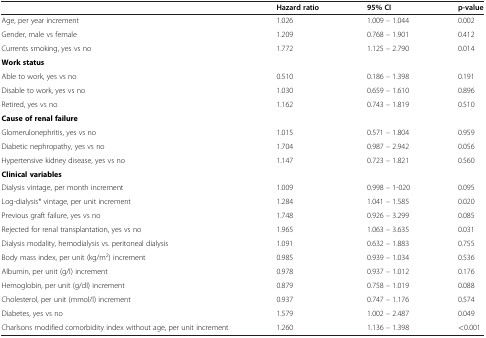
<table><thead><tr><td><b> </b></td><td><b>Hazard ratio</b></td><td><b>95% CI</b></td><td><b>p-value</b></td></tr></thead><tbody><tr><td>Age, per year increment</td><td>1.026</td><td>1.009 – 1.044</td><td>0.002</td></tr><tr><td>Gender, male vs female</td><td>1.209</td><td>0.768 – 1.901</td><td>0.412</td></tr><tr><td>Currents smoking, yes vs no</td><td>1.772</td><td>1.125 – 2.790</td><td>0.014</td></tr><tr><td colspan="4"><b>Work status</b></td></tr><tr><td>Able to work, yes vs no</td><td>0.510</td><td>0.186 – 1.398</td><td>0.191</td></tr><tr><td>Disable to work, yes vs no</td><td>1.030</td><td>0.659 – 1.610</td><td>0.896</td></tr><tr><td>Retired, yes vs no</td><td>1.162</td><td>0.743 – 1.819</td><td>0.510</td></tr><tr><td colspan="4"><b>Cause of renal failure</b></td></tr><tr><td>Glomerulonephritis, yes vs no</td><td>1.015</td><td>0.571 – 1.804</td><td>0.959</td></tr><tr><td>Diabetic nephropathy, yes vs no</td><td>1.704</td><td>0.987 – 2.942</td><td>0.056</td></tr><tr><td>Hypertensive kidney disease, yes vs no</td><td>1.147</td><td>0.723 – 1.821</td><td>0.560</td></tr><tr><td colspan="4"><b>Clinical variables</b></td></tr><tr><td>Dialysis vintage, per month increment</td><td>1.009</td><td>0.998 – 1-020</td><td>0.095</td></tr><tr><td>Log-dialysis* vintage, per unit increment</td><td>1.284</td><td>1.041 – 1.585</td><td>0.020</td></tr><tr><td>Previous graft failure, yes vs no</td><td>1.748</td><td>0.926 – 3.299</td><td>0.085</td></tr><tr><td>Rejected for renal transplantation, yes vs no</td><td>1.965</td><td>1.063 – 3.635</td><td>0.031</td></tr><tr><td>Dialysis modality, hemodialysis vs. peritoneal dialysis</td><td>1.091</td><td>0.632 – 1.883</td><td>0.755</td></tr><tr><td>Body mass index, per unit (kg/m<sup>2</sup>) increment</td><td>0.985</td><td>0.939 – 1.034</td><td>0.536</td></tr><tr><td>Albumin, per unit (g/l) increment</td><td>0.978</td><td>0.937 – 1.012</td><td>0.176</td></tr><tr><td>Hemoglobin, per unit (g/dl) increment</td><td>0.879</td><td>0.758 – 1.019</td><td>0.088</td></tr><tr><td>Cholesterol, per unit (mmol/l) increment</td><td>0.937</td><td>0.747 – 1.176</td><td>0.574</td></tr><tr><td>Diabetes, yes vs no</td><td>1.579</td><td>1.002 – 2.487</td><td>0.049</td></tr><tr><td>Charlsons modified comorbidity index without age, per unit increment</td><td>1.260</td><td>1.136 – 1.398</td><td>&lt;0.001</td></tr></tbody></table>